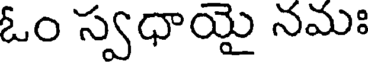
ఓం స్వధాయై నమః